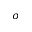
\sigma